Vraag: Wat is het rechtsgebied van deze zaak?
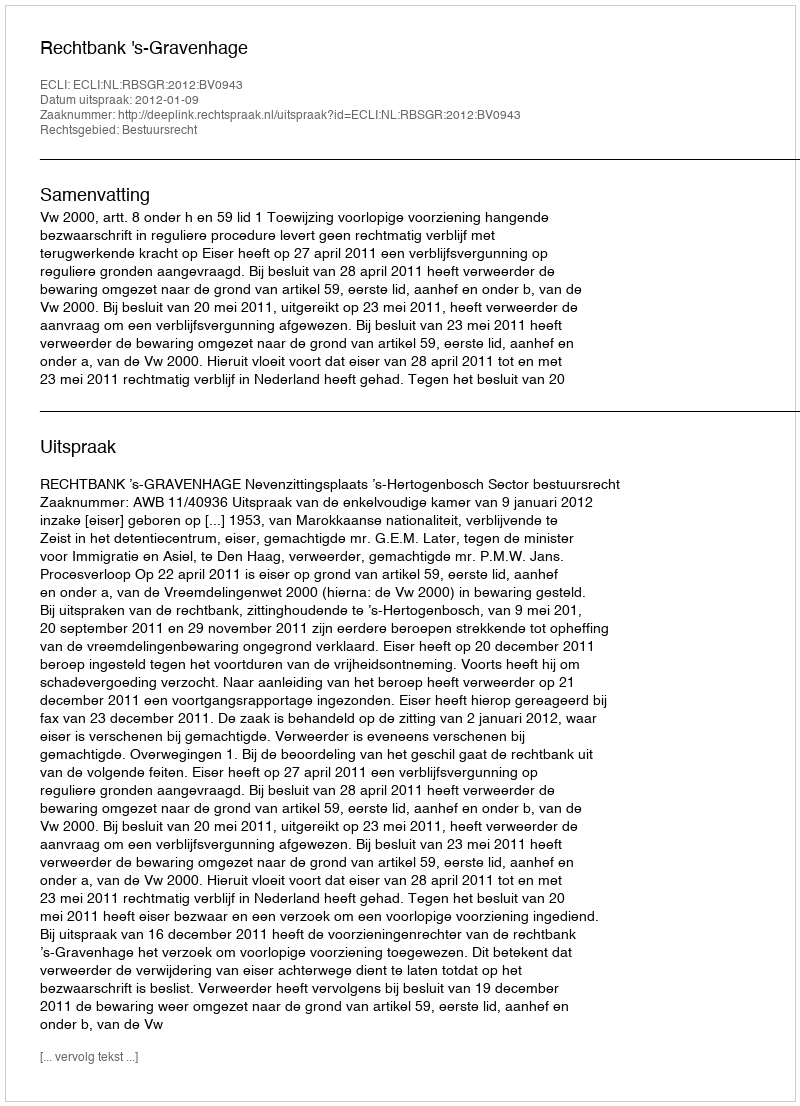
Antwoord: Bestuursrecht